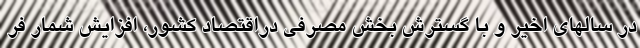
در سالهای اخیر و با گسترش بخش مصرفی دراقتصاد کشور، افزایش شمار فر